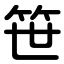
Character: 笹